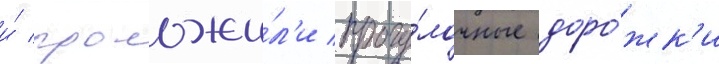
и́ проложи́л'и прогу́лочные доро́жк'и